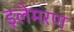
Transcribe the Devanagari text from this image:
इलेमरण